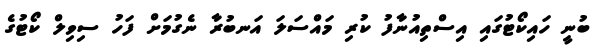
ބުނީ ހައިކޯޓުގައި އިސްތިއުނާފު ކުރި މައްސަލަ އަނބުރާ ނެގުމަށް ފަހު ސިވިލް ކޯޓުގެ